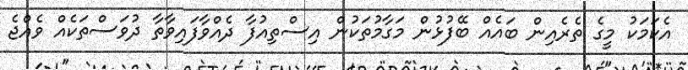
އެކަމަކު މީގެ ތެރެއިން ބައެއް ބޭފުޅުން މަގާމުތަކުން އިސްތިއުފާ ދެއްވާފައިވާތާ ދުވަސްތަކެއް ވެއްޖެ